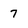
Character: 7